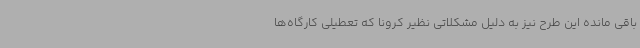
باقی مانده این طرح نیز به دلیل مشکلاتی نظیر کرونا که تعطیلی کارگاه‌ها